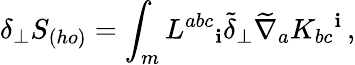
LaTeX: \delta_{\perp}S_{(ho)}=\int_{m}L^{abc}{}_{\mathbf{i}}\tilde{{\delta}}_{\perp}\widetilde{\nabla}_{a}K_{bc}{}^{\mathbf{i}}\, ,